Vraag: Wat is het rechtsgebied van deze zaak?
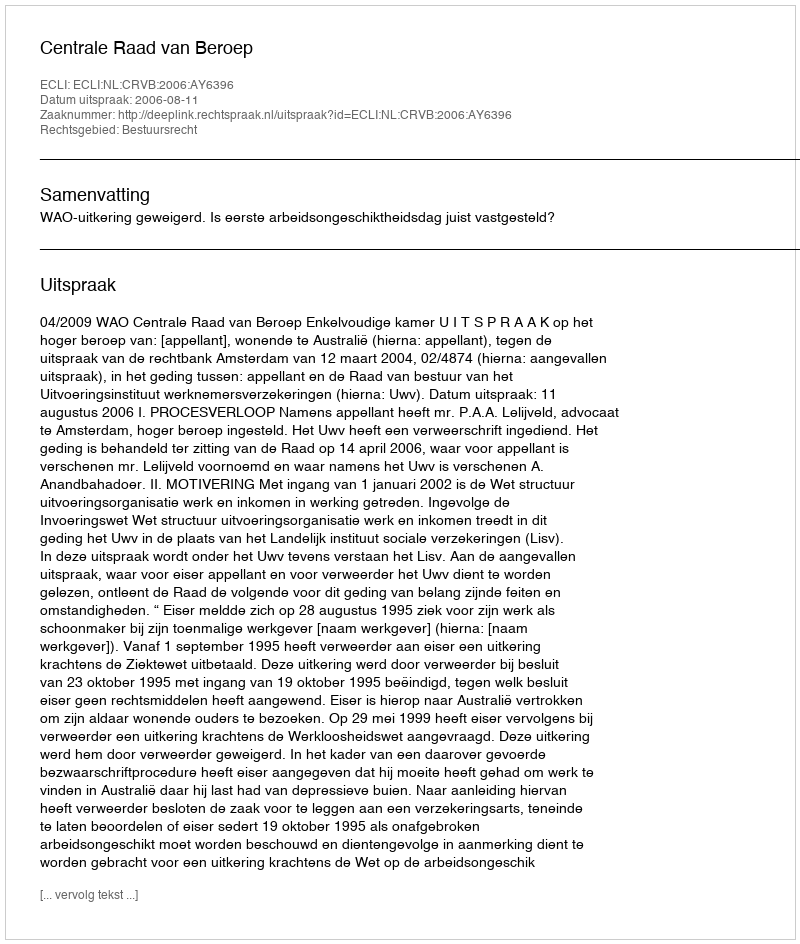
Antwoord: Bestuursrecht